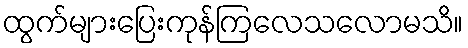
ထွက်များပြေးကုန်ကြလေသလောမသိ။